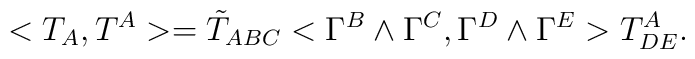
<T_A, T^A> = {\tilde T}_{ABC} < \Gamma^B \wedge \Gamma^C, \Gamma^D\wedge \Gamma^E> T^A_{DE}.